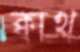
ক্বাথ